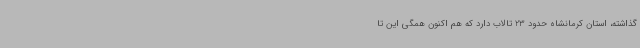
گذاشته، استان کرمانشاه حدود 23 تالاب دارد که هم اکنون همگی این تا